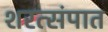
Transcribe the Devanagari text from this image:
शरत्संपात